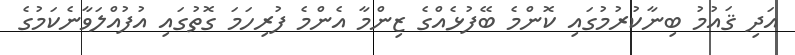
އަދި ޤައުމު ބިނާކުރުމުގައި ކޮންމެ ބޭފުޅެއްގެ ޒިންމާ އެންމެ ފުރިހަމަ ގޮތުގައި އުފުއްލަވާނެކަމުގެ